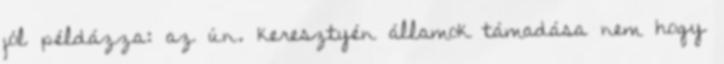
jól példázza: az ún. keresztyén államok támadása nem hogy